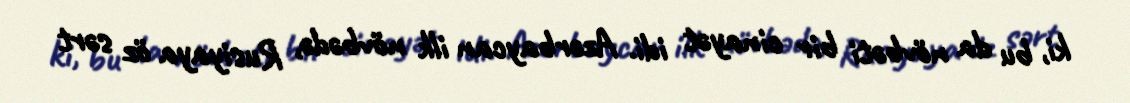
ki, bu da növbəti bir cinayət idi. Azərbaycan ilk növbədə, Rusiyaya öz sərt